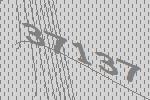
37137